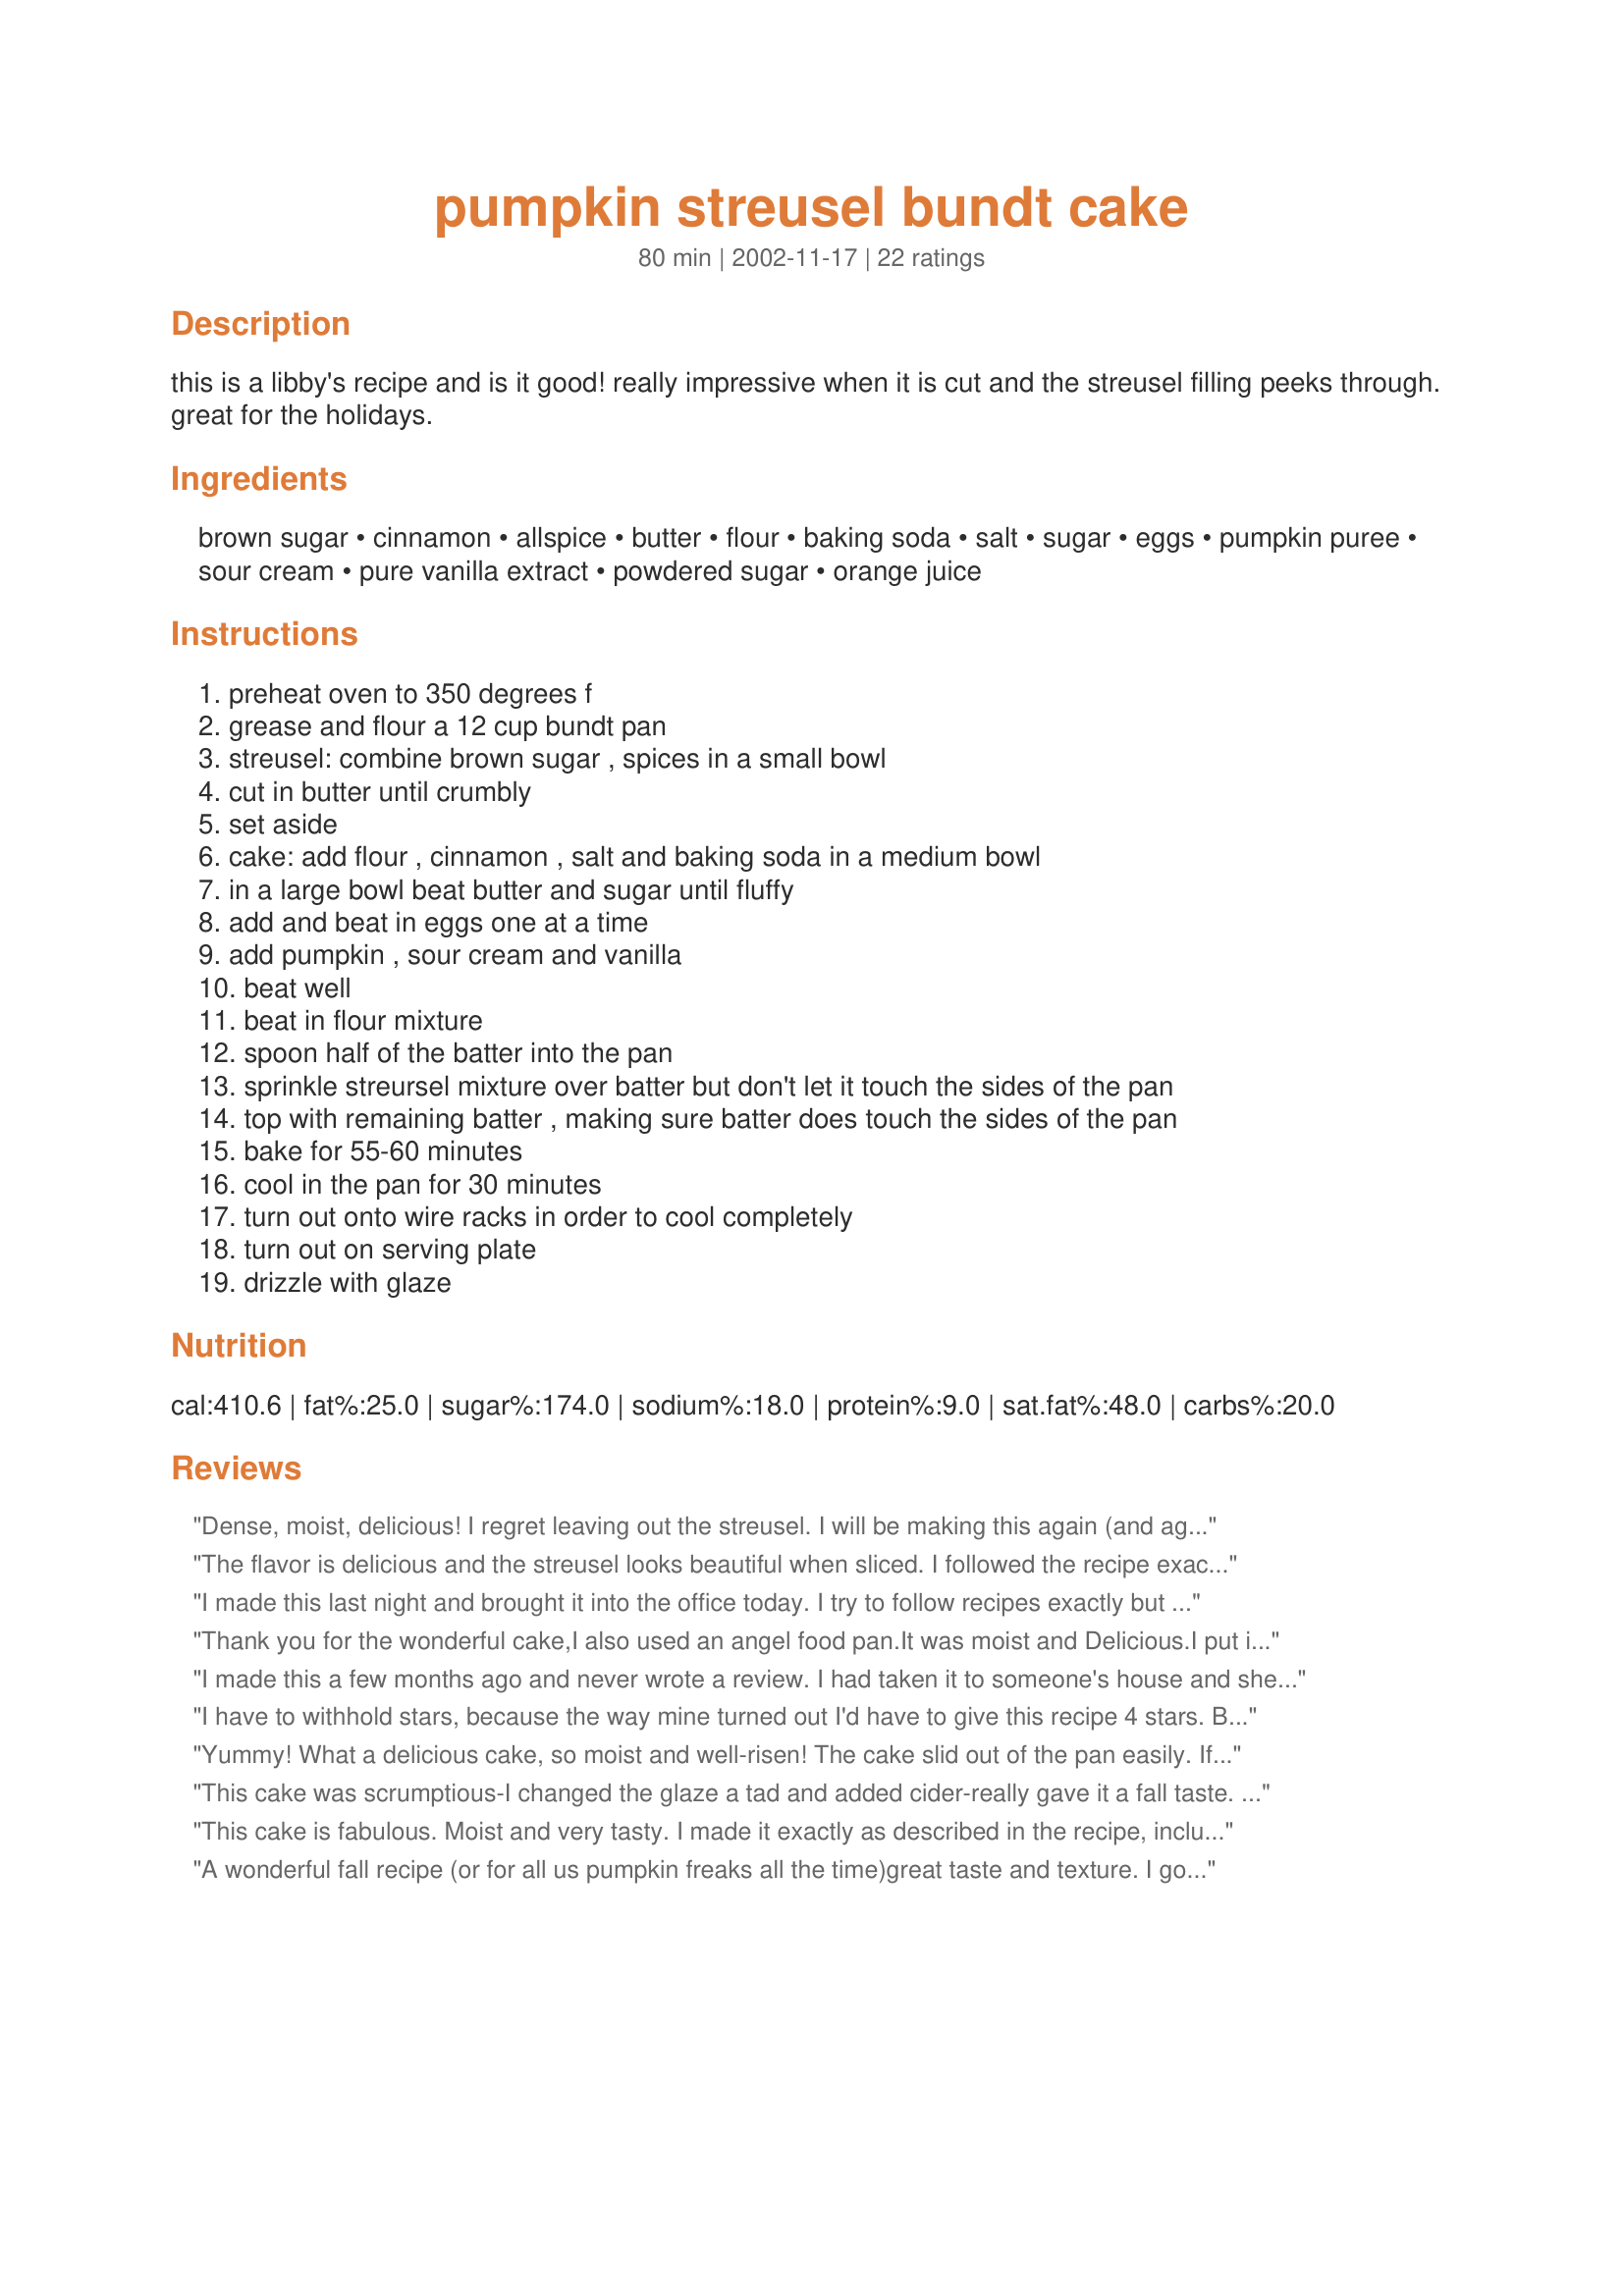
pumpkin streusel bundt cake
Preparation time: 80 minutes

this is a libby's recipe and is it good! really impressive when it is cut and the streusel filling peeks through. great for the holidays.

Ingredients:
brown sugar, cinnamon, allspice, butter, flour, baking soda, salt, sugar, eggs, pumpkin puree, sour cream, pure vanilla extract, powdered sugar, orange juice

Steps:
preheat oven to 350 degrees f
grease and flour a 12 cup bundt pan
streusel: combine brown sugar , spices in a small bowl
cut in butter until crumbly
set aside
cake: add flour , cinnamon , salt and baking soda in a medium bowl
in a large bowl beat butter and sugar until fluffy
add and beat in eggs one at a time
add pumpkin , sour cream and vanilla
beat well
beat in flour mixture
spoon half of the batter into the pan
sprinkle streursel mixture over batter but don't let it touch the sides of the pan
top with remaining batter , making sure batter does touch the sides of the pan
bake for 55-60 minutes
cool in the pan for 30 minutes
turn out onto wire racks in order to cool completely
turn out on serving plate
drizzle with glaze

Reviews:
Dense, moist, delicious! I regret leaving out the streusel. I will be making this again (and again!)! :)
The flavor is delicious and the streusel looks beautiful when sliced. I followed the recipe exactly as written. My only complaint is that I found it to be a bit dry.
I made this last night and brought it into the office today. I try to follow recipes exactly but I didn't have allspice. I just sprinkled in a bit of ginger, nutmeg and cloves instead. Also, when I went to make my glaze, the powdered sugar that I THOUGHT was in the cabinet wasn't. So, I made my own. Turned out wonderful. I had never made a bundt cake before and I was scared that it was going to stick since I tried my best to keep the streusel off the sides and failed miserably. However, since my pan is non stick, I had no issues. Great, great cake! Thanks for posting!
Thank you for the wonderful cake,I also used an angel food pan.It was moist and Delicious.I put it in the Fridge overnight,and put whipping cream on it.Thank you! everyone enjoyed it.Rose Of Sharon
I made this a few months ago and never wrote a review. I had taken it to someone's house and she just called me to ask for the recipe, which reminded me that I should review this. We really enjoyed this. The cake was very moist. One change I made was that instead of 1 c. of butter, I used 1/2 c. butter and 1/2 c. of oil. I think I may have cut down on the sugar a little bit too.
I have to withhold stars, because the way mine turned out I'd have to give this recipe 4 stars. But I made a substitution; I subbed applesauce for half that butter. For the most part, it was still moist, but the outer 1/2 inch was too dry. I took it out of the oven at 55 minutes, and I think it was overbaked. The flavor is good; not too heavy on pumpkin. I don't really care for allspice but I made as directed and though you can really smell it, the taste is not too strong on spice. I will make it again!
Yummy! What a delicious cake, so moist and well-risen! The cake slid out of the pan easily. If you're looking for a good pumpkin recipe, you won't go wrong with this one!
This cake was scrumptious-I changed the glaze a tad and added cider-really gave it a fall taste. Everyone loved it.Will make this one over again.Thank you. McM
This cake is fabulous. Moist and very tasty. I made it exactly as described in the recipe, including the glaze which I used orange juice in. It smelled really good when it was baking. Followed your directions and had no problems with it sticking. Thanks for a great recipe I know I will make again.
A wonderful fall recipe (or for all us pumpkin freaks all the time)great taste and texture. I got a new bundt pan and could not wait to try this. Very simple to make, spices and pumpkin match wonderfully. Thanks for a great recipe.
All I can say is that this is delicious, delicious, delicious. I made it exactly as you said but had to put it in an angel pan as I did not have a bundt pan. It is still wonderful. It is very moist and I will certainly make this again and again. Thanks Aroostook.
I have made this for years - husband and boys love it! Tonight sister and niece made it for a whole new group. Huge hit :)
YUM! I left out the Streusel becaue i'm lazy ;) But other than that! It's good! I love the color! I made it in a flower bundt pan for a friend who had surgery, it tasted great! Nice job! :)
Love, loved loved it!! I wasn't sure about the pumpkin but it was moist and fabulous!!! I made it for work and everyone loved it!! This one is a keeper!! I will make over again and again! Thanks for sharing!! ps made it in Oct but i forgot to write my review!
This was a big hit at our office potluck; lots of compliments. Next time I will bake the cake for the full 60 minutes. I see how important it is for the streusel not to touch the sides---it did in one small place and was stuck there. A little prodding and it came out fine; very pretty. Thanks Aroostook!
This cake was really good and baked up perfect. I made it for my boyfriend's work. They all seemed to like it but I made sure they saved me a piece so I could rate it. I prefer a more heavy texture I think. Thanks!
This cake is delicious. Very moist as everyone has said. I liked that the pumpkin is not overpowering. The streusel was delicious in it and so easy to do. I will definitely be making this each fall at least once.
This is a great cake. My DH and his family just could not quit eating it.
The texture was just perfect for us. Thanks for posting this recipe.
I thought this was very good, but it didn't quite have the flavor I was looking for. I cut down on the calories just a bit by using 1/4 cup canola oil and 1/4 cup applesauce instead of a half-cup of butter. (Maybe I should mention I cut the recipe in half and baked it in two mini-bundt pans for 35-40 minutes). I also used light sour cream instead of full-fat sour cream. I don't think it degraded the cake; it was still very moist and very rich. Thanks for posting this!
This recipe is delicious and very very moist. I removed my cake from the oven after one hour of baking and let it cool for 30 minutes in the pan. I then inverted it to a wire rack and let it set until completely cooled. I used the glaze on top and it turned out perfectly. I think the reason a person might have the cake turn out dry is only because they left the cake to cool in the oven (I'm assuming that is what the recipe meant or it was a typo). Many applauses for the cake! Thank you Aroostook for the delicious recipe! :)
What a super recipe! I prefer a little more spice so I added extra cinnamon and allspice to the cake AND the filling. I used the suggestion from another reviewer and made a glaze using reduced apple cider and just a little powdered sugar, which turned out super! The second time I made it I added a cup of raisins as well. My husband requested I make this for Thanksgiving!
This cake is wonderful!!It was so good that I wanted to see if it was still good making it low fat and low calorie and it is!!They were both very moist. Mine cooked for 65 minutes. To make it with only 209 calories and 8 grams of fat per slice: Streusal-exchange 2 tsp. applesause for the butter. Cake- exchange 2 cup splenda for the sugar, use half cup butter and half cup applesauce, use 2 whole eggs plus 4 egg whites, and 1 8oz low fat sour cream. I also used 1-1/2 cup white flour and 1-1/2 cup whole wheat flour. Glaze- I used non fat milk. The healthier version doesn't rise as much as the original and the outershell is harder but the inside is even more moist then the original recipe.I also used cooking spray for the pan. Baked either way this cake is worth the effort.
